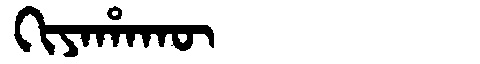
Manchu: ᡴᡳᠶᠠᡥᠠᡴᡡ
Romanization: KIYAHAKŪ